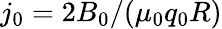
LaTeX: j_{0}=2B_{0}/(\mu_{0}q_{0}R)